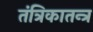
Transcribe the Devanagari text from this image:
तंत्रिकातन्त्र